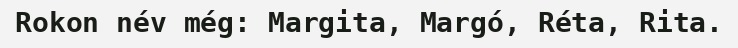
Rokon név még: Margita, Margó, Réta, Rita.